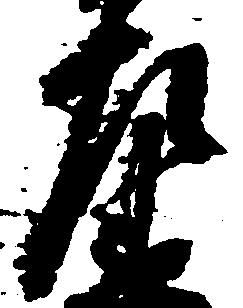
左